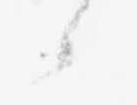
之